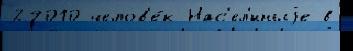
29010 челов'е́к Нас'ел'́нныjе в